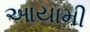
આયામી